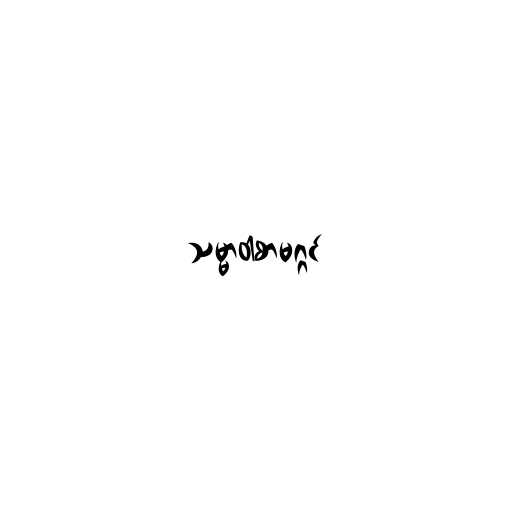
သမ္မာဝါစာမဂ္ဂင်